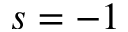
s = - 1